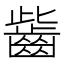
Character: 𪗶